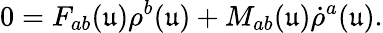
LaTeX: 0=F_{ab}(\mathfrak{u})\rho^{b}(\mathfrak{u})+M_{ab}(\mathfrak{u})\dot{\rho}^{a}(\mathfrak{u}).